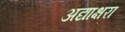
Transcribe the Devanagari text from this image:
अद्याक्षरा